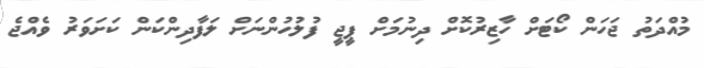
މުއްދަތު ޖަހަން ކޯޓަށް ހާޒިރުކޮށް ދިނުމަށް ޕީޖީ ފުލުހުންނަށް ލަފާދިންކަން ކަށަވަރު ވެއްޖެ